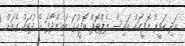
އަދި ހަވީރު އޮފީހަށް އައިސް ލެޕްޓޮޕް އޮފީހުގަ ބައިންދާފަ އެ ދުވަހު ގެއަށް